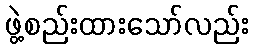
ဖွဲ့စည်းထားသော်လည်း